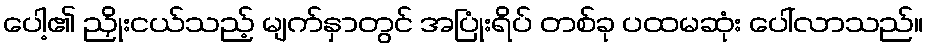
ပေါ့၏ ညှိုးငယ်သည့် မျက်နှာတွင် အပြုံးရိပ် တစ်ခု ပထမဆုံး ပေါ်လာသည်။